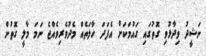
ނަޝީދު ވިދާޅުވި ގޮތުގައި ގައުމަކަށް އެފަދަ ހާލަތެއް މެދުވެރިވެއްޖެ ނަމަ މާލީ ގޮތުން